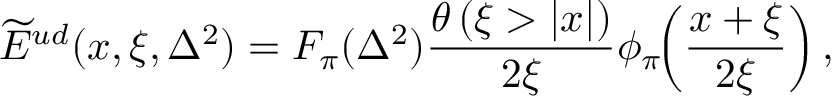
\widetilde E ^ { u d } ( x , \xi , \Delta ^ { 2 } ) = F _ { \pi } ( \Delta ^ { 2 } ) \frac { \theta \left( \xi > | x | \right) } { 2 \xi } \phi _ { \pi } \! \! \left( \frac { x + \xi } { 2 \xi } \right) ,